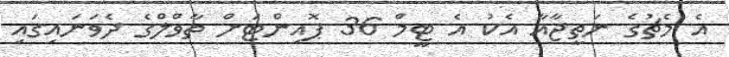
އެ މެޗުގެ ނަތީޖާއާ އެކު އެ ޓީމް 36 ޕޮއިންޓަށް ތާވްލްގެ ދެވަނައިގައި